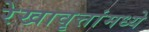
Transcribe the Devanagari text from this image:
रेखावृत्तांमध्ये